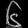
Digit: ၆